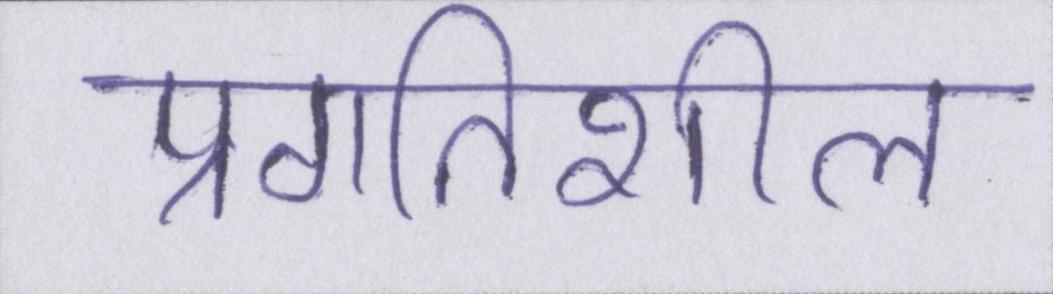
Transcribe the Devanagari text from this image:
प्रगतिशील